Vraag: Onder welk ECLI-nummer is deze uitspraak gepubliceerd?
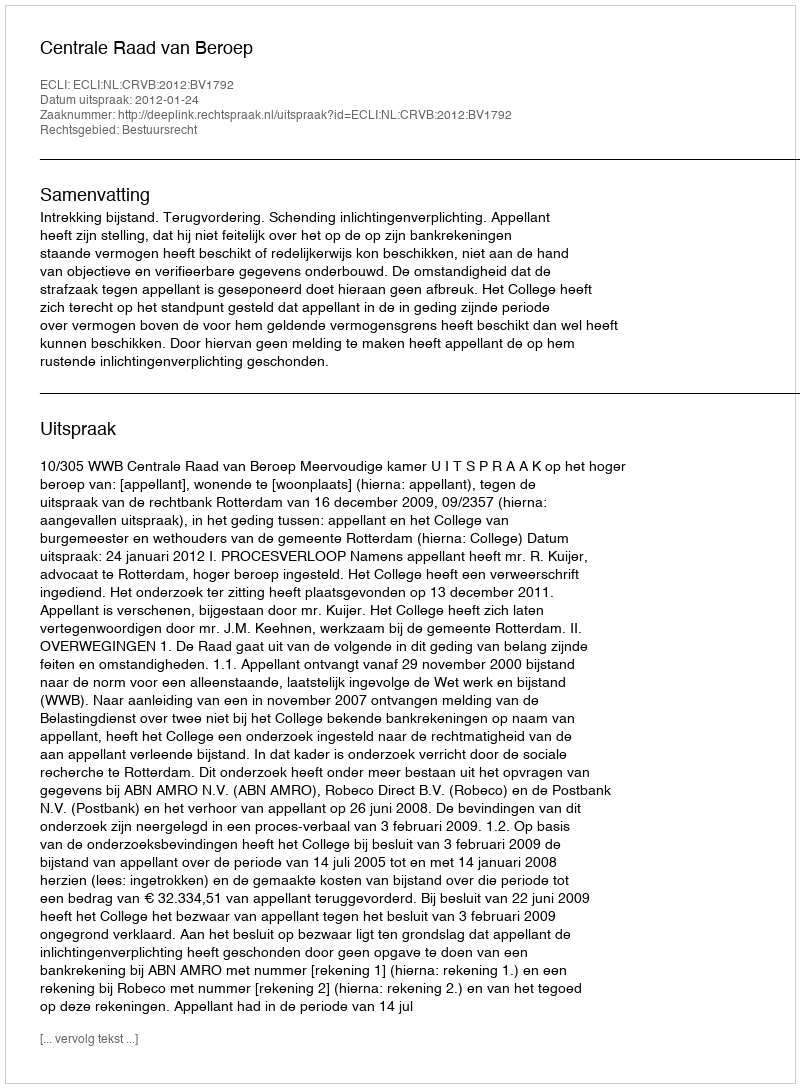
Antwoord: ECLI:NL:CRVB:2012:BV1792